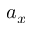
a _ { x }